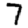
Digit: 7